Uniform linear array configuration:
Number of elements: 64
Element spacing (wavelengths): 0.75
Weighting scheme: kaiser
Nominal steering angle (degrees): -60
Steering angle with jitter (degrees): -58.661
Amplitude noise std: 0.05
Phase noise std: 0.05

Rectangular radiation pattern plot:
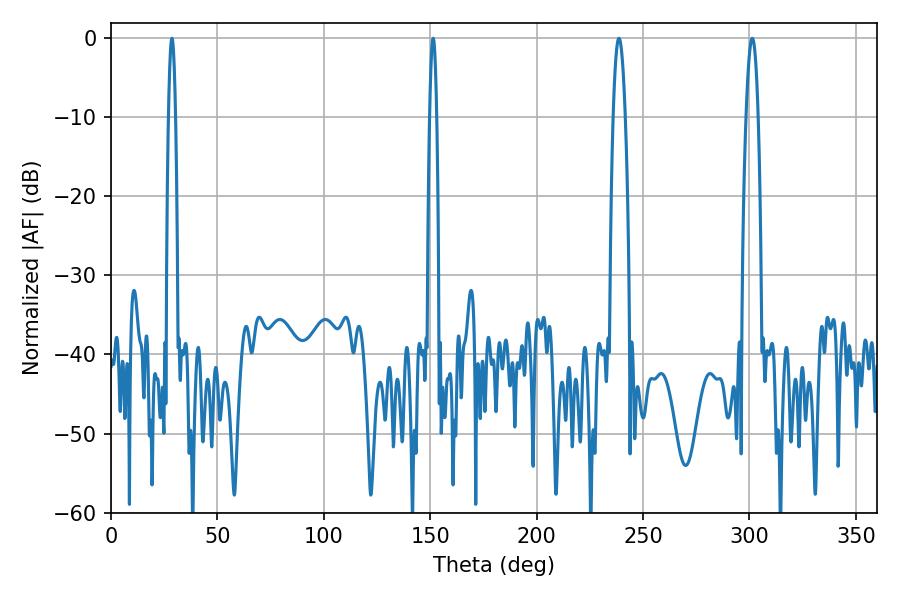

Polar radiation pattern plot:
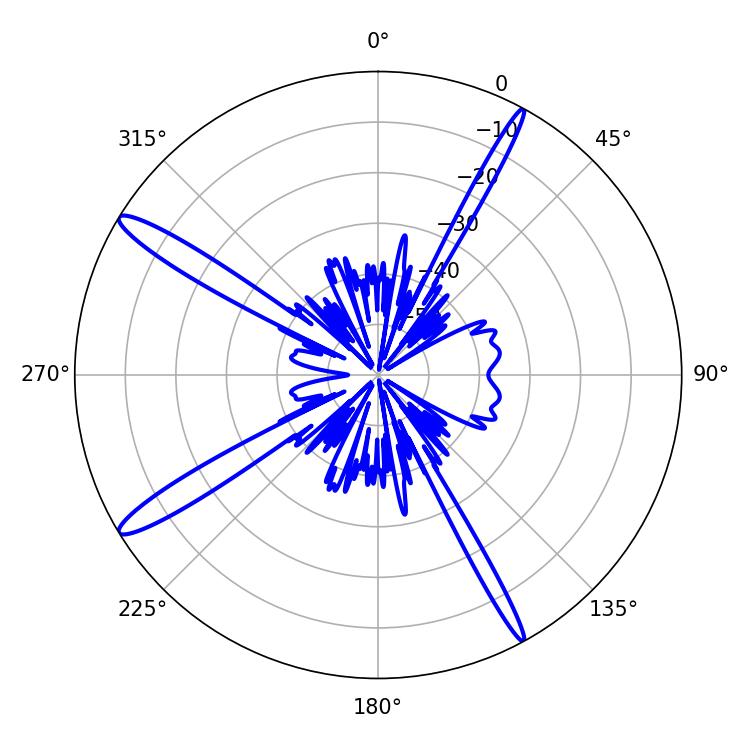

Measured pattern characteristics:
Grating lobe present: TRUE
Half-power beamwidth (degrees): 3.06
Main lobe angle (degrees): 301.32